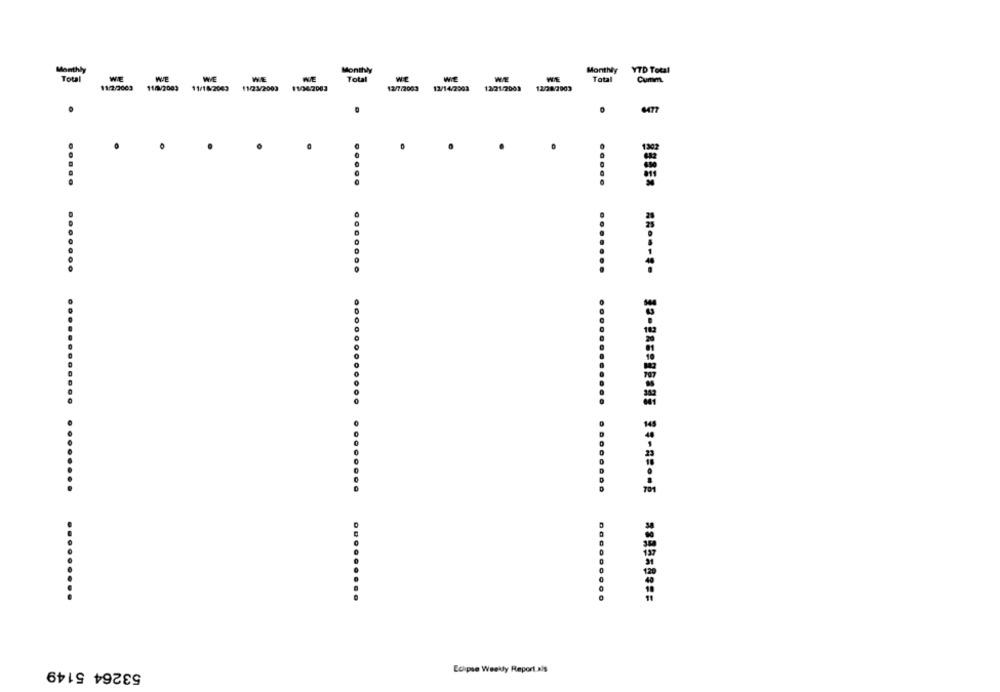
Monthly
Monthly
Monthly
YTD Total
Total
WE
WE
WE
Total
WIE
Total
Cumm
11/2/2003
11/9/2003
11/18/2003
11/23/2003
12/7/2003
12/14/2003
12/21/2003
12/28/2003
.....
.....
.......
.......
..
.... . . .
.......... ..
...
.... .
.........
.........
..... . . . .
53264 5149
Eclipse Weekly Report ais